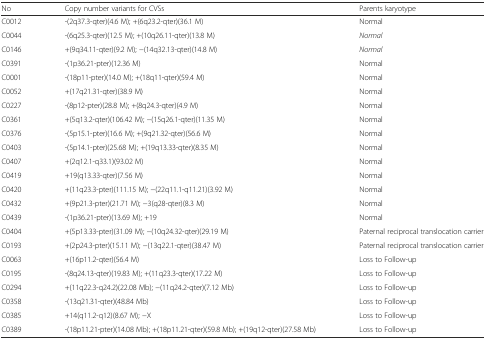
<table><thead><tr><td><b>No</b></td><td><b>Copy number variants for CVSs</b></td><td><b>Parents karyotype</b></td></tr></thead><tbody><tr><td>C0012</td><td>-(2q37.3-qter)(4.6 M); +(6q23.2-qter)(36.1 M)</td><td>Normal</td></tr><tr><td>C0044</td><td>-(6q25.3-qter)(12.5 M); +(10q26.11-qter)(13.8 M)</td><td><i>Normal</i></td></tr><tr><td>C0146</td><td>+(9q34.11-qter)(9.2 M); −(14q32.13-qter)(14.8 M)</td><td><i>Normal</i></td></tr><tr><td>C0391</td><td>-(1p36.21-pter)(12.36 M)</td><td>Normal</td></tr><tr><td>C0001</td><td>-(18p11-pter)(14.0 M); +(18q11-qter)(59.4 M)</td><td>Normal</td></tr><tr><td>C0052</td><td>+(17q21.31-qter)(38.9 M)</td><td>Normal</td></tr><tr><td>C0227</td><td>-(8p12-pter)(28.8 M); +(8q24.3-qter)(4.9 M)</td><td>Normal</td></tr><tr><td>C0361</td><td>+(5q13.2-qter)(106.42 M); −(15q26.1-qter)(11.35 M)</td><td>Normal</td></tr><tr><td>C0376</td><td>-(5p15.1-pter)(16.6 M); +(9q21.32-qter)(56.6 M)</td><td>Normal</td></tr><tr><td>C0403</td><td>-(5p14.1-pter)(25.68 M); +(19q13.33-qter)(8.35 M)</td><td>Normal</td></tr><tr><td>C0407</td><td>+(2q12.1-q33.1)(93.02 M)</td><td>Normal</td></tr><tr><td>C0419</td><td>+19(q13.33-qter)(7.56 M)</td><td>Normal</td></tr><tr><td>C0420</td><td>+(11q23.3-pter)(111.15 M); −(22q11.1-q11.21)(3.92 M)</td><td>Normal</td></tr><tr><td>C0432</td><td>+(9p21.3-pter)(21.71 M); −3(q28-qter)(8.3 M)</td><td>Normal</td></tr><tr><td>C0439</td><td>-(1p36.21-pter)(13.69 M); +19</td><td>Normal</td></tr><tr><td>C0404</td><td>+(5p13.33-pter)(31.09 M); −(10q24.32-qter)(29.19 M)</td><td>Paternal reciprocal translocation carrier</td></tr><tr><td>C0193</td><td>+(2p24.3-pter)(15.11 M); −(13q22.1-qter)(38.47 M)</td><td>Paternal reciprocal translocation carrier</td></tr><tr><td>C0063</td><td>+(16p11.2-qter)(56.4 M)</td><td>Loss to Follow-up</td></tr><tr><td>C0195</td><td>-(8q24.13-qter)(19.83 M); +(11q23.3-qter)(17.22 M)</td><td>Loss to Follow-up</td></tr><tr><td>C0294</td><td>+(11q22.3-q24.2)(22.08 Mb); −(11q24.2-qter)(7.12 Mb)</td><td>Loss to Follow-up</td></tr><tr><td>C0358</td><td>-(13q21.31-qter)(48.84 Mb)</td><td>Loss to Follow-up</td></tr><tr><td>C0385</td><td>+14(q11.2-q12)(8.67 M); −X</td><td>Loss to Follow-up</td></tr><tr><td>C0389</td><td>-(18p11.21-pter)(14.08 Mb); +(18p11.21-qter)(59.8 Mb); +(19q12-qter)(27.58 Mb)</td><td>Loss to Follow-up</td></tr></tbody></table>